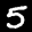
Label: 5